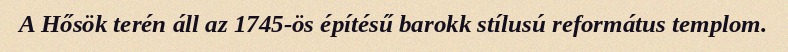
A Hősök terén áll az 1745-ös építésű barokk stílusú református templom.